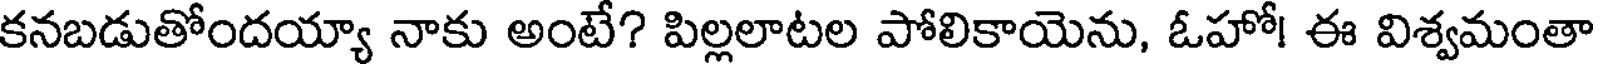
కనబడుతోందయ్యా నాకు అంటే? పిల్లలాటల పోలికాయెను, ఓహో! ఈ విశ్వమంతా